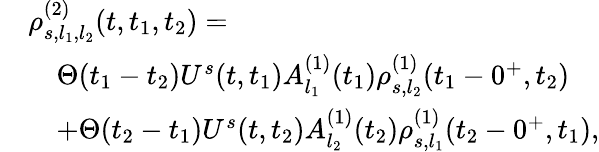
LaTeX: \begin{array}{rl}&{\rho_{s,l_{1},l_{2}}^{(2)}(t,t_{1},t_{2})=}\\ &{\quad\Theta(t_{1}-t_{2})U^{s}(t,t_{1})A_{l_{1}}^{(1)}(t_{1})\rho_{s,l_{2}}^{(1)}(t_{1}-0^{+},t_{2})}\\ &{\quad+\Theta(t_{2}-t_{1})U^{s}(t,t_{2})A_{l_{2}}^{(1)}(t_{2})\rho_{s,l_{1}}^{(1)}(t_{2}-0^{+},t_{1}),}\end{array}